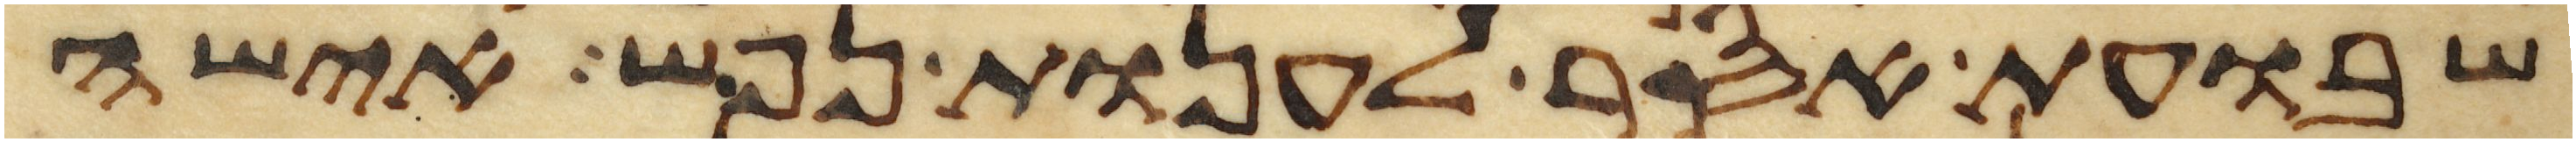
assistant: שבועת אסר לענות נפש אישה